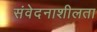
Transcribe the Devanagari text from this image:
संवेदनाशीलता